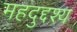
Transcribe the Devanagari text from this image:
महदुद्दश्य